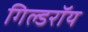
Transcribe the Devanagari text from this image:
गिल्डरॉय